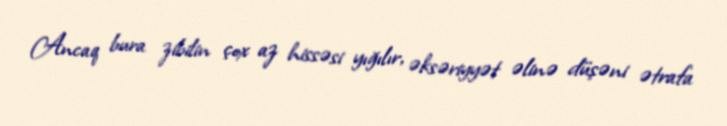
Ancaq bura zibilin çox az hissəsi yığılır, əksəriyyət əlinə düşəni ətrafa